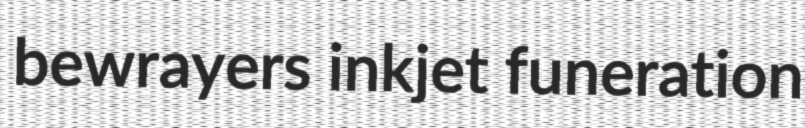
bewrayers inkjet funeration